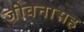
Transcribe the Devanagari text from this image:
जीवनासह